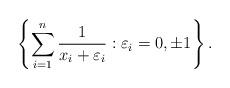
LaTeX: \begin{align*}\left\{ \sum_{i=1}^n \frac{1}{x_i+\varepsilon_i} : \varepsilon_i = 0,\pm1 \right\}. \end{align*}